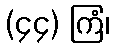
(၄၄) ကြံ၊